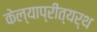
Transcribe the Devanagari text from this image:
केल्याप्रीत्यर्थ